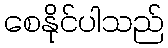
စေနိုင်ပါသည်